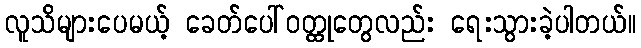
လူသိများပေမယ့် ခေတ်ပေါ်ဝတ္ထုတွေလည်း ရေးသွားခဲ့ပါတယ်။